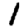
Digit: 1